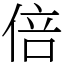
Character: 倍